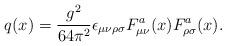
LaTeX: \begin{align*}q(x) = {g^2\over 64\pi^2} \epsilon_{\mu\nu\rho\sigma}F_{\mu\nu}^a(x)F_{\rho\sigma}^a(x).\end{align*}